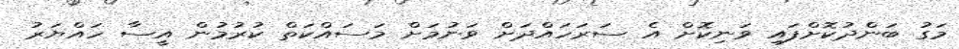
މަގު ބަންދުކޮށްފައި ވަނިކޮށް އެ ސަރަހައްދަށް ވަނުމަށް މަސައްކަތް ކުރުމުން އީސާ ހައްޔަރު